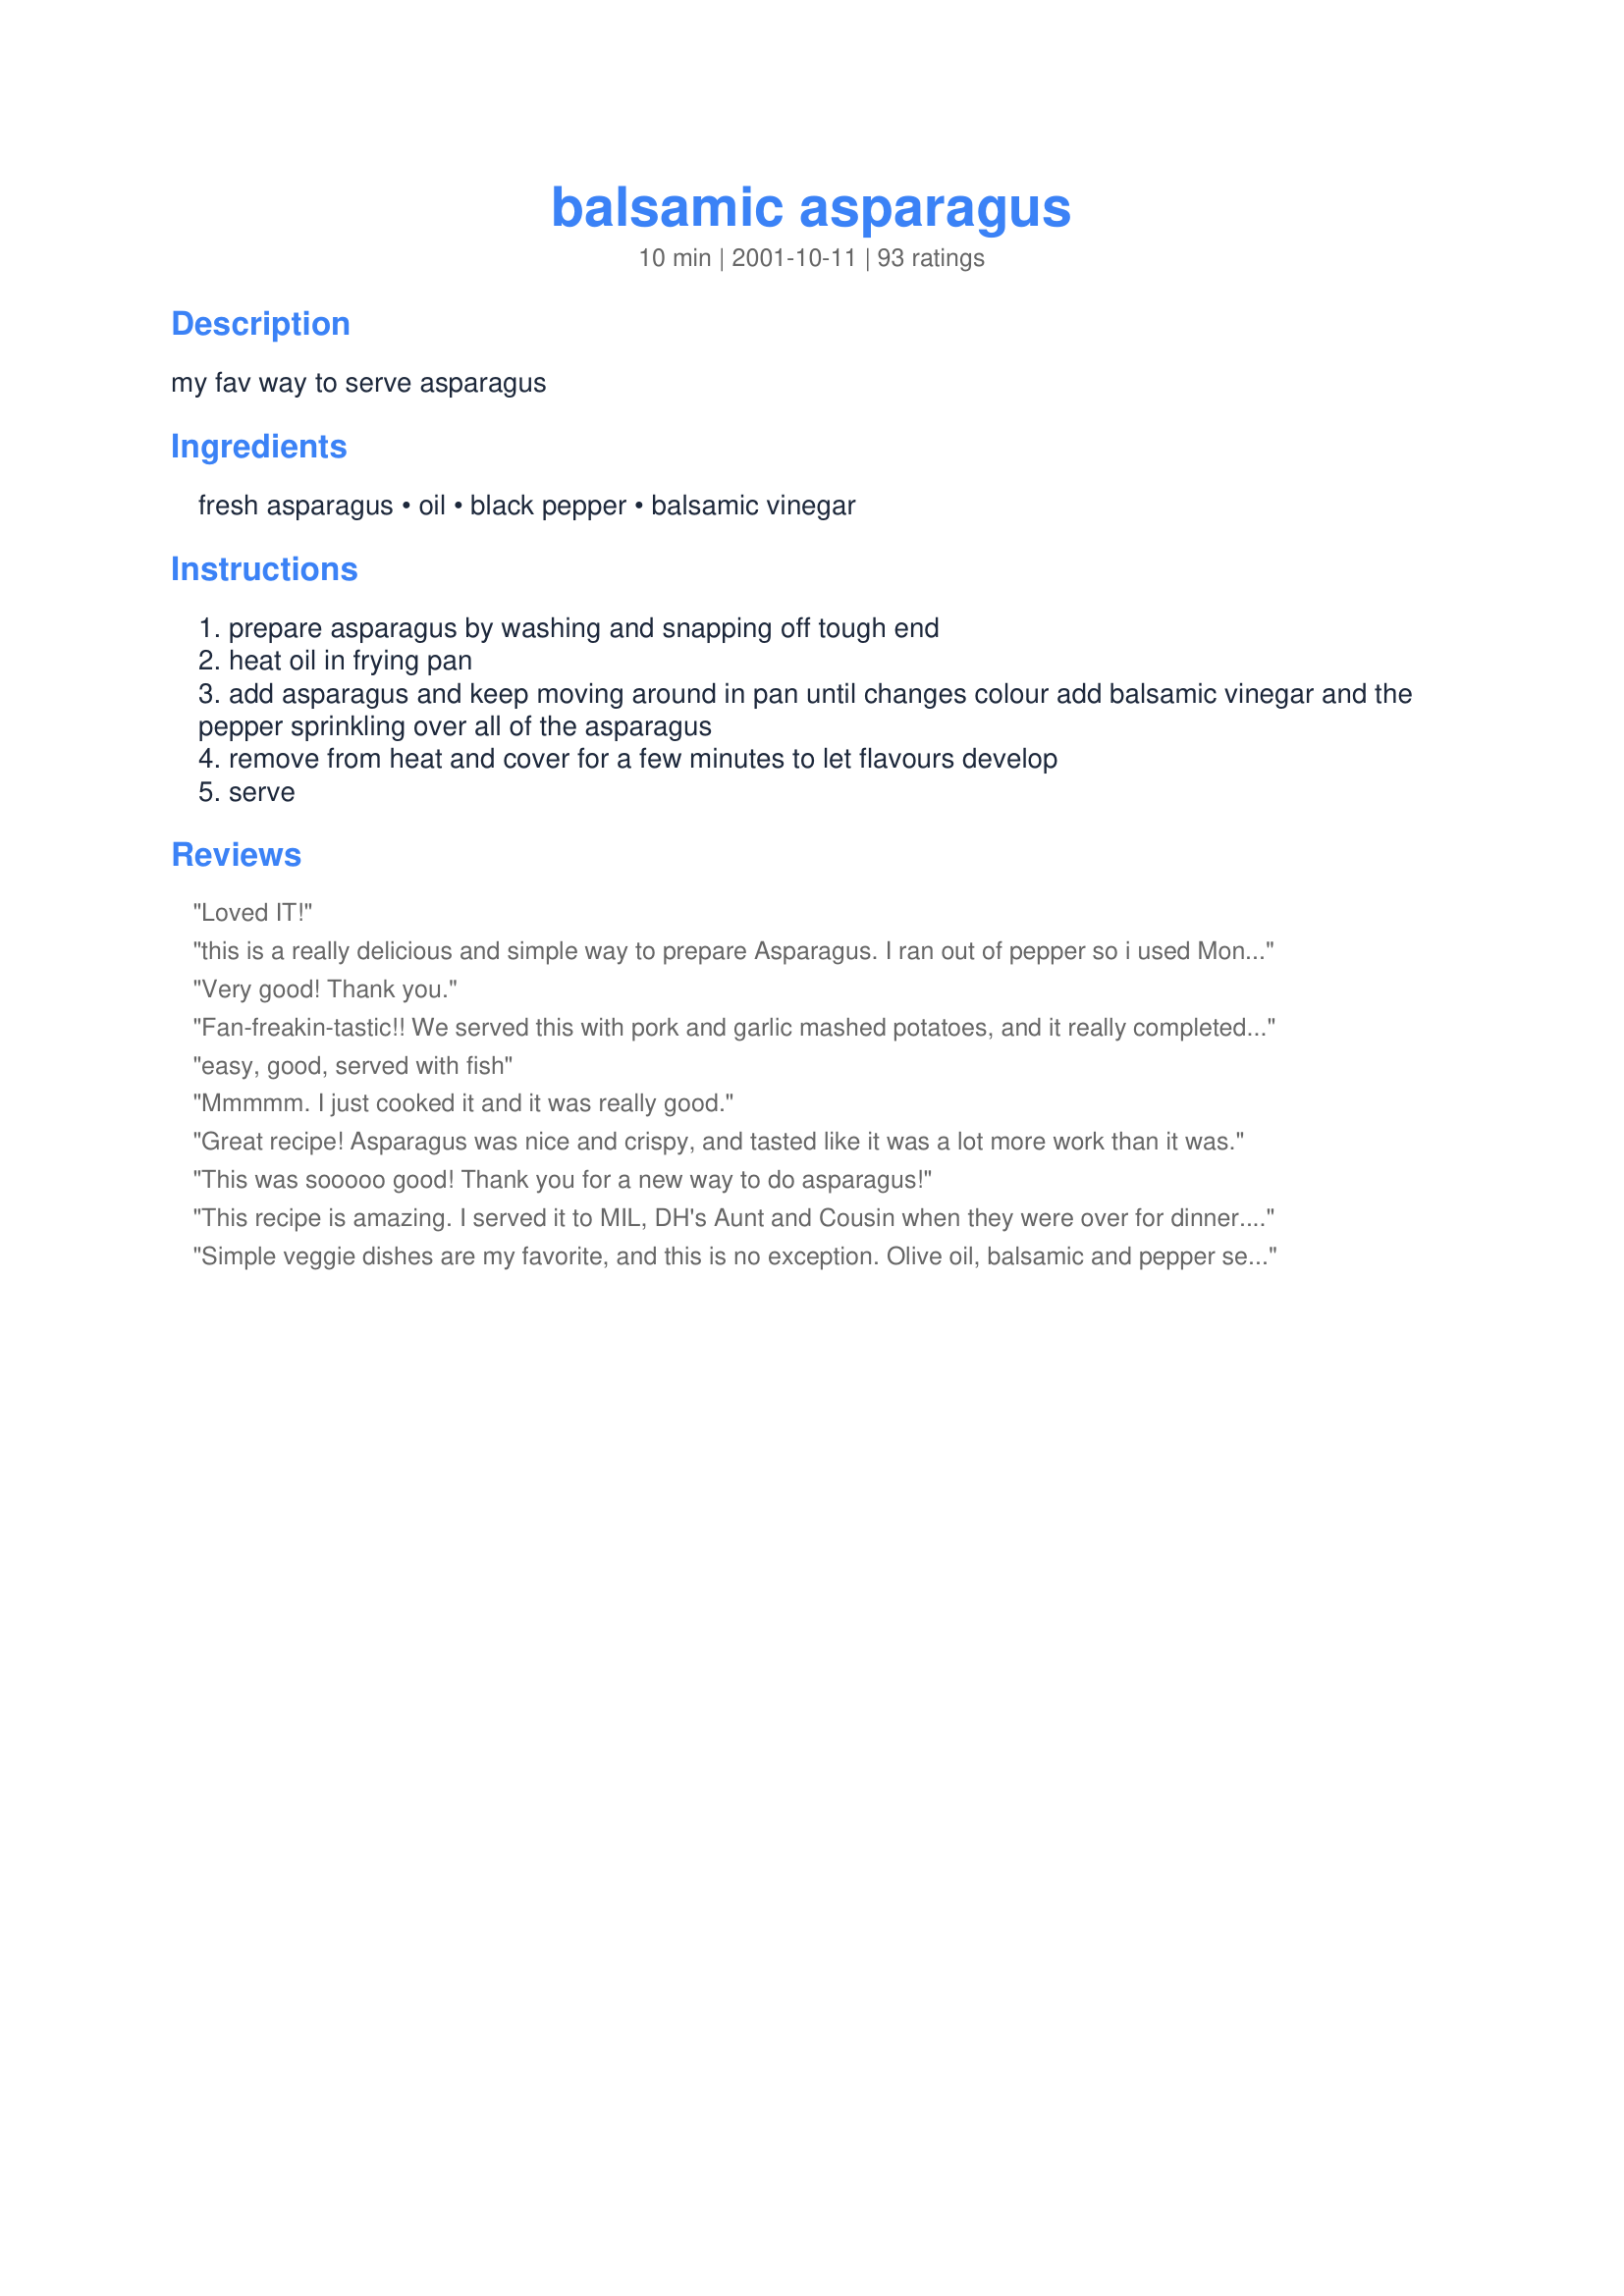
balsamic asparagus
Preparation time: 10 minutes

my fav way to serve asparagus

Ingredients:
fresh asparagus, oil, black pepper, balsamic vinegar

Steps:
prepare asparagus by washing and snapping off tough end
heat oil in frying pan
add asparagus and keep moving around in pan until changes colour add balsamic vinegar and the pepper sprinkling over all of the asparagus
remove from heat and cover for a few minutes to let flavours develop
serve

Reviews:
Loved IT!
this is a really delicious and simple way to prepare Asparagus. I ran out of pepper so i used Montreal Steak Seasoning. I only used a few dashes, however that combined with the Balsamic Vinegar was delicious. My 4 year old, who rarely eats Vegetables and has NEVER liked asparagus ate this and enjoyed it. Even my picky DH liked it. It was really good. The Asparagus turns out crispy and firm, not soggy like it is sometimes when you steam or boil it. This is a keeper.
Very good! Thank you.
Fan-freakin-tastic!! We served this with pork and garlic mashed potatoes, and it really completed our meal. I added some parmesan cheese after cooking, and it complemented the flavor. Thanks for this great recipe!
easy, good, served with fish
Mmmmm. I just cooked it and it was really good.
Great recipe! Asparagus was nice and crispy, and tasted like it was a lot more work than it was.
This was sooooo good! Thank you for a new way to do asparagus!
This recipe is amazing. I served it to MIL, DH's Aunt and Cousin when they were over for dinner. Everyone raved about it. 

I followed the directions to a T and I would absolutely not change a thing! 

I served it with Basmati rice, Luby's Chicken Lombardy, and ~Christine~'s Broccoli Salad. 

I have also made it by roasting the asparagus in a stone baking dish and drizzling with balsamic at the end. Same great taste. This is a keeper.
Simple veggie dishes are my favorite, and this is no exception. Olive oil, balsamic and pepper season the asparagus just right while still allowing the great, natural veggie flavor to shine through. And easy and quick way to prepare those spring spears! You could also do this on the grill the same way. Yum.
A friend rated this, as they love asparagus and I merely tolerate it. He said the flavor wasn't quite "wow" enough for him to rate a five star, but he did enjoy it better than steamed asparagus. I ate a whole stalk, which usually doesn't happen, so it must be a good recipe!
Great way to serve asparagus. very easy and elegant. Thanks!
We LOVE this recipe.
I made it last night and will again this weekend.
This goes in our fav. recipe file.
There was this gorgeous bunch of asparagus calling out to me in the supermarket. They were a little expensive, but spring is just around the corner, and I felt like treating myself. Now I needed the perfect recipe, and Eve has never let me down! She didn't this time as well, and I really enjoyed every delicious green bite! I cut the asparagus into 1 inch pieces, used about 2 tablespoons of olive oil, added some fresh garlic and a bit more balsamic vinegar than was called for. I stir-fried the asparagus for about 3 minutes. My one mistake was preparing these ahead of time. By the time dinner rolled around, there was hardly any left, I had been picking at them all afternoon. Thanks Evie, these deserve much more than a measly 5 stars!
Great flavor, really easy to make. Watch closely though - it's easy to overcook and especially with asparagus, I prefer undercooked to overcooked. Thanks Evie!
Excellent technique. Don't know why this couldn't be used on other quick-cooking fresh vegetables.
All of the flavors in this combine really well. I will definitely make it many times.
What's not to like? All those great flavors and so easy. When served my dh covered his in parmezan cheese. Too good. I had to make this two days in a row in order for us to get our fill!
Fantastic! Took no time at all and was cooked to a perfect crispness. A keeper, for sure!
Great recipe! Now one of my favourite ways to eat asparagus!
This is delightful! Served it for Easter with grilled lamb chops, carmelized carrots and roasted potatoes. Yum! Thanks for sharing.
very good, very fast!!! My hubby loved it> Thanks for the post.
*****BRILLIANT*****
You just made an asparagus lover out of me! This is THE way asparagus should be eaten, hands-down! The balsamic vinegar accentuates this vegetable perfectly. Thanks so much Ma Duck!

P.S. I had to make a second batch of this asparagus because I "accidentally" ate the first one before it got to the table...oops.
Simple and easy and they taste great! I used a garlic balsamic to my recipe. Will use again and again. Thank you.
Can't believe I haven't made this before? It is very good and very quick. The balsamic vinegar adds the perfect touch.
Excellent recipe. I cooked it for 3 minutes and used a teaspoon of oil, lots of pepper and the balsamic vinegar gives it just the right zip. No wonder it's your favorite.
Quick, easy, tasty, a perfect recipe!
Wish I could give more stars! This is wonderful! The Balsamic vinegar is perfect with the asparagus. We had this with steak and boiled new red potatoes. Thanks Evie, for a recipe I will use often!
Delicious! I will definitely be making asparagus like this more often. I did leave out the pepper because I don't care for it but I love balsamic vinegar so that more than made up for it in flavor for me. Thanks so much for sharing! :)
I have made this twice in two weeks already! This is now my new favorite recipe! I did alter it just a bit to our taste. I used 2 tbs olive oil. Salted them just as much as I peppered them and fried them for about 5 minutes and then let them simmer covered for about 5 more minutes. I like them a little more tender instead of super crisp. This is just my personal preference though. Great recipe!!!!
Loved the flavor, I did add a little fresh garlic to my EVOO before adding the Asparagus, my father thought it was tough, I thought it tasted great. I do think I need to increase cooking time if I fix again.
A little sharp but maybe I used to much balsamic. This was so easy though! I added a sprinkle of cheese as well. Will make again!
10 stars Evie!, you have converted me from boiling or steaming my asparagus forever! I read all the reviews and
cooked mine a little bit longer, in a little more oil (older frypan & personal preference) and served these on a bed of julieanned carrots with a sprinkle of Parmisan cheese...The flavour was brilliant and if I was told I could take only one veggie dish with me to a dessert island for a year, this would be it ! The balsamic compliments the flavour of the asparagus and the zing is refreshing. Foster son said he liked it very much indeed (usually everything is "good" and he shovels it in)...and I had to laughingly fight him for the last spears in the dish since we reached for them simultainously :)He won, but I have this recipe on the menu for guests in the weekend so my next fix of these is close by :) In aditition to the great taste this recipe is super easy and super quick... please see my rating system: a brilliantly deserved 5 stars:) Thanks !
Just what I was looking for! I remembered that I like a butter and balsamic combo so I used butter. It came out sensational. Thanks Evie for the inspiration.
I am a asparagus eater. I will try any recipe for it. This one was one of the best. I loved the flavor.
I am so glad that I tried this. I really really liked the flavor the balsamic gave the asparagus. I did add a tiny bit of kosher salt once they were on the plate. Absolutely delicious. I served this with recipe 416056 for Garlic Parm. pork chops and a green salad. So tasty. Thanks for the great idea. Not sure I will cook asparagus any other way.
This is a really lovely way to eat fresh asparagus. I usually just roast it because I'm unsure of what to do with it in the pan. I've made it once true to recipe, and once I added a touch of dijon mustard and honey to the vinegar. I must admit I like it even more with the additions, but this is a great idea to build from.
I've been doing something similar for a couple of years now. I toss the asparagus with olive oil, balsamic vinegar, black pepper and sea salt, then put it on the grill til it starts to caramelize a little, then drop it back into the dressing for another quick toss before plating. When I'm feeling fancy, I shave some parmigiana reggiano curls on top, on the plate.
I have been making this similar family recipe for years now, and I still get compliments from friends when I serve it!!
EMMMM EMMMM! Love that balsamic/pepper combo! The first time I made the recipe as is, and the second time I added some red pepper flakes and grated garlic. ;) Delish. Especially great in the summer when you really don't want to turn the oven on. Thanks Evie!
This was my first time cooking fresh asparagus. It was wonderful! My son loved it, too!
A very tasty and simple dish. The balsamic doesn't overpower the asparagus but compliments it. Thank you!
Delicious! I am not a fan of asparagus, so I came looking for a recipe that would make it more appealing. This was perfect. The tang of the balsamic vinegar was exactly right. Thanks!
Hi Evie;
Cut my own home-grown asparagus, first cutting, fresh, fresh and fresh from the garden.
Turned out excellent,loved the balsamic vinegar, added to the flavor. I did add a sprinkle of hot red pepper flakes along with the freshly ground black pepper.
Slowly fried for 4 minutes, then added vinegar, stirred, removed from heat, covered and let the flavors do their job.
Thanks, this will be a regular.
"Uncle Bill"
Very nice change for asparagus. Incredibly easy to prepare! Thanks for posting! Made for the I Recommend Tag Game.
This was very good! I rubbed salt and pepper on the asparagus before I put them in the pan.
I loved this recipe. The pepper is such a simple ingredient, but it really brought out the flavor of the fresh asparagus. I'll always make it this way. Thanks!
Very nice asparagus dish! I usually do a garlic/olive oil asparagus, but when I looked at the menu, there sure was a whole lotta garlic being served. I tried this recipe & found it to be a very nice change from the usual. I did add a bit of sea salt, otherwise followed Evie's recipe faithfully.
Quick and easy and delicious! Recommend only making enough for your meal, as it doesn't seem to heat up well the next day - but that's not the recipe's fault - that's just asparagus! A really great way to add a little flavor to asparagus without adding tons of calories and fat. This is the only way I will make asparagus from now on!
This is a delightful recipe. The asparagus was flavorful and zingy!
I made this exactly as you directed, and was so happy with the results. Definately a new tried and true recipe. :-)
I've always roasted my asparagus in the oven, so I was very curious to try his recipe. I'm sure glad I did! It was so easy and quick to prepare, and the balsamic vinegar added a nice flavour to the asparagus! I certainly will be making this again. Thanks Evie!
Great recipe, We love Asparagus, this is another yummy recipe. I made it using 2 teaspoons of Olive oil & the rest as stated in the recipe. We loved the flavor of the balsamic vinegar. Thank you Evie, for posting the recipe.
Excellent...we loved it! I used garlic olive oil, but then again I use garlic in everything! ;)
Our favourite veggie this time of the year. Nice simple recipe and quick, we like our asparagus to be a little crunchy and this worked perfectly. Love the taste of the balsamic with the asparagus, we will be makeing this one again, thanks for posting.
What a terrific way to prepare asparagus. Everyone loved it -- but the great thing was that they couldn't figure out that secret ingredient (the balsamic). I cooked it EXACTLY as your instructions were written. It was perfect. I think the asparagus would be a little on the limp side if cooked any longer. Thanks for a great recipe.
What a lovely way to prepare asparagus.I had not seen your recipe but followed it to a T. Before posting my gem;I decided to search Balsamic Asparagus and there you are.
Thanks for posting it for me.really good!
Rita
Thanks for this easy recipe. I added sliced mushrooms since I had them and I added salt. Best of all for me is that my husband liked it!
This was good. The kids love asparagus too and DH and I were having to defend our asparagus on our plates from the kids after they ate all theirs.....lol. Thank you for sharing this yummy recipe.
We eat asparagus quite often, and always prepare it the same way. This was such a nice change--so yummy! One tip--don't do what I did--which was not dry the asparagus thoroughly before putting it into the hot oil. Yikes! Lotsa popping oil is not a good thing. ;) But the taste of this recipe IS a good thing!
Basically a good idea and easy,However, the asparagus needed a much longer cooking time. Also, one T oil was not enough; maybe it would have been in a non-stick pan but that's not what I used.
I don't know what happened, but this recipe didn't work for ,e. it took a LONG time to cook through, in fact, I ended up taking it out and steaming it in the microwave, and then I sautee'd it some more and added the balsamic. I didn't really like the taste (and I love asparagus, and like balsamic). Sorry, just not my fav flaor combo, and especailly when it took so long.
So simple yet so delicious. Loved the taste the balsamic gave these. I did cook mine longer than stated, but not a big deal. Thanks Evie
Quick and easy!
I just loved this, and it was so easy as you do not have to cook it first before frying....will make often...
keeper
Delicious flavor and so simple! Before serving I sliced up a fresh tomatoe and added. Next time I will invest in GOOD balsamic. I will make again.
I will never steam asparagus again, thank you!
Quick, simple & tasty! I cooked the asparagus for the full five minutes and it was perfect: crisp, but not undercooked. Loved the spiciness of the freshly cracked black pepper combined with the balsamic. Be sure to use good vinegar.
found this kindda bland, added some salt. nothing great sorry.
I made these to go with my roast and mashed potatoes and they are delicious! We all loved the flavor of the vinegar with the veggies and this is a new way to serve them, which I am always looking for!
Yum- I love this and make it a lot!

I also like to chill it afterwards and then put the balsamic and oil on top, and sprinkle with a little feta cheese and serve cold. Delicious!
5 stars for simplicity. I liked the fact there's no need to turn the oven on. Even though I only used 1 TBS. balsamic vinegar, It was a little too strong a flavor for us, but I think it was because my asparagus were very thin stalks and not thick.
I will make this again.
This is as good as it gets! Followed your recipe as written, but before putting the asparagus in pan, I toasted a hand-full of pine nuts. This was extra nice cause I din not have to turn the oven on. Thanks for this keeper!
Yummy! Like vivian7, I used more oil and cooked the asparagus a little longer. I also used just a pinch of sugar. Great for company!
Thanks Evie - a great, simple recipe. Asparagus is everywhere at the moment and this is a wonderful (and different) way of serving!
Truly great! So easy and very tender and flavorful! I will absolutely make this again. Thanks so much for sharing, Evie!
Very good recipe. Nice and basic and allowed the flavor of the asparagus to really come through instead of overpowering it with something else stronger. Thank you very much.
If you are not using the oven, this is a quick and easy way to cook asparagus. I am not sure what I am looking for, but plenty of recipes to try here... This was not one of my favourites.
I made this for my Mom and GF and they just loved it! Thanks for the great recipe.
Was in need of a quick, yet tasty, way to cook some asparagus. This recipe was both of those. Served as a side to salmon.
Very good and easy. I overcooked the asparagus a bit, stick with the 3-5 minutes. Served with Balkava Salmon.
I still think the asparagus is most delicious if you roast it to smithereens, but we like this recipe too. It probably retains more nutrients this way...
ABSOLUTELY DELICIOUS! Made as written and was very pleased with the outcome, wonderful flavor and great texture, just the way I like asparagus cooked. I served this with Recipe #86649 Thanks for posting! Made for "Down on the Farm" Photo Tag May 2012!
Thanks for a nifty variation on this fav veg of ours...........will never just boil tem again!
Evie this recipe was really good! I served them with marinated flank steak and grilled gorn on the cob. I did add some roasted garlic and garlic and herb seasoning to them. I liked the tang the balsamic vinegar gave the asparagus. This one is a nice change from steamed asparagus and I will make again!
This was great. I usually make a similar recipe that requires oven roasting. This is so much better on a hot day because it doesn't heat the house up, not to mention it is quicker.
Yummy. It took a few minutes longer than 5 (maybe 7) but it was well worth it. Fast and delicious. Everyone enjoyed it.
This is nice and sweet, and very easy to make. Can't go wrong there! Thanks for sharing.
Easy but ok!
I have always done the roasted asparagus thing but was looking for something different. Found this and fell in love. Really good. Thanks so much for sharing.
Yuck. The flavor in this was not complimentary. The balsamic totally overpowers the asparagus flavor, a feat that's hard to do in my opinion.
For years and years my family never could wrap their heads around balsamic vinegar in anything else but a cold dish or salad. Now they have seen the light. I thank you for opening the door on a new way to enjoy food. I will aslo say that I used a 9 dollar bottle of balsamic that was more for salad dressings than fanciful cooking, but this was the first time tried. I'll get back to you when I break out the good stuff.

I served this dish as a side with a grilled unmarinated sirloin and a baked potato in which it matched well as to be expected. Wine served was an Australlian syrah that did well to match both the steak and the vegetable. However, I would go with a Napa Valley Pinot Noir if you plan to marinate the steak or use garlic in the asparagus. 

I also found that the asparagus helps with a few minutes of rest after the stir fry before the vinegar is added. Kill the heat, cover, let sit, then add vinegar, stir, cover and let sit again. That should cure any problems with undercooking the asparagus.
The asparagus was divine! I cooked it about twice as long to get it a little softer, and I sprinkled Parmesan cheese on top. Thanks so much.
